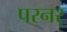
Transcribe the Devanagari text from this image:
परनर्